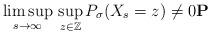
LaTeX: \begin{align*}\limsup_{s \to \infty} \, \sup_{z \in \mathbb{Z}} P_\sigma(X_s = z) \neq 0 \mathbf{P} \end{align*}